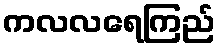
ကလလရေကြည်